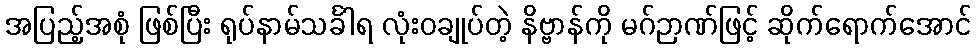
အပြည့်အစုံ ဖြစ်ပြီး ရုပ်နာမ်သင်္ခါရ လုံးဝချုပ်တဲ့ နိဗ္ဗာန်ကို မဂ်ဉာဏ်ဖြင့် ဆိုက်ရောက်အောင်